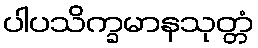
ပါပသိက္ခမာနသုတ္တံ